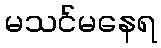
မသင်မနေရ